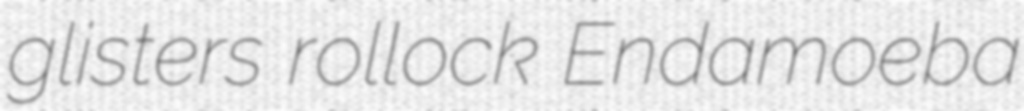
glisters rollock Endamoeba